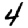
Digit: 4